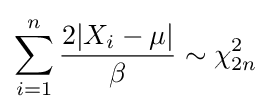
\sum _{i=1}^{n}{\frac {2|X_{i}-\mu |}{\beta }}\sim \chi _{2n}^{2}